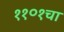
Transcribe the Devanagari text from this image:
११०१चा